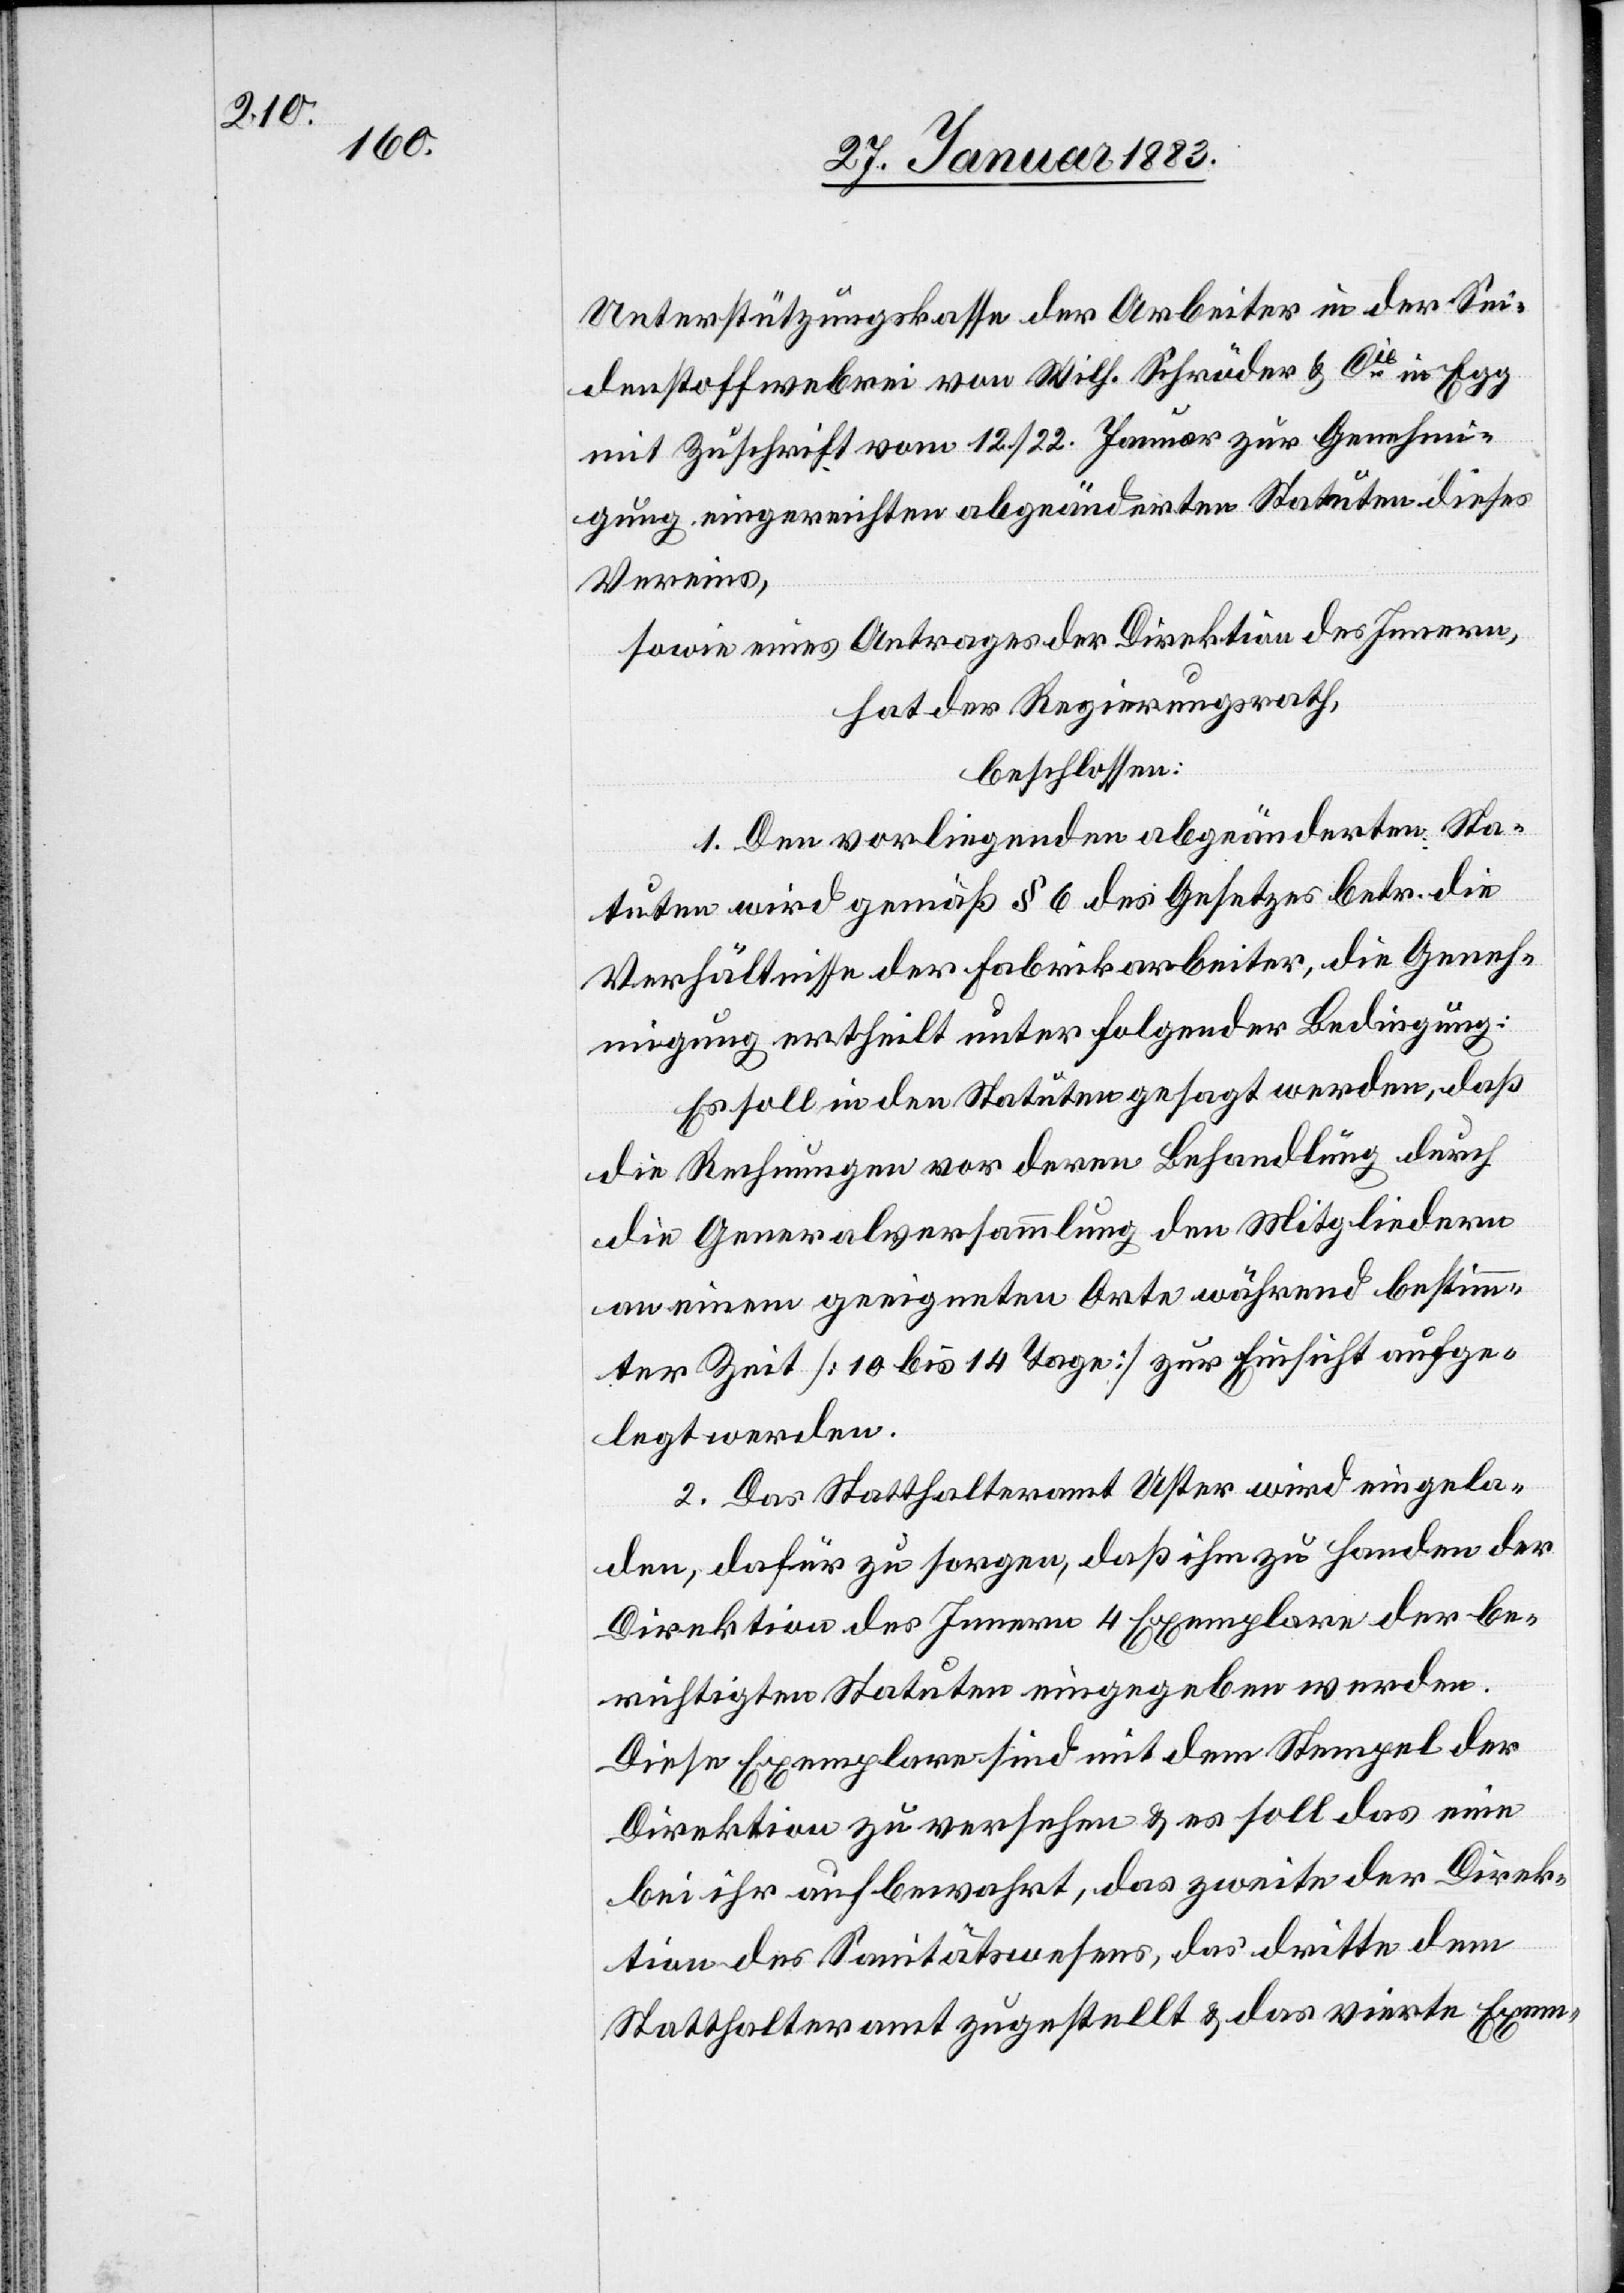
Unterstützungskasse der Arbeiter in der Sei¬
denstoffweberei von Wilh. Schröder & Cie in Egg
mit Zuschrift vom 21./22. Januar zur Genehmi¬
gung eingereichten abgeänderten Statuten dieses
Vereins,
sowie eines Antrages der Direktion des Innern,
hat der Regierungsrath,
beschlossen:
1. Den vorliegenden abgeänderten Sta¬
tuten wird gemäß § 6 des Gesetzes betr. die
Verhältnisse der Fabrikarbeiter, die Geneh¬
migung ertheilt unter folgender Bedingung:
Es soll in den Statuten gesagt werden, daß
die Rechnungen vor deren Behandlung durch
die Generalversammlung den Mitgliedern
an einem geeigneten Orte während bestimm¬
ter Zeit [10 bis 14 Tage] zur Einsicht aufge¬
legt werden.
2. Das Statthalteramt Uster wird eingela¬
den, dafür zu sorgen, daß ihm zu Handen der
Direktion des Innern 4 Exemplare der be¬
richtigten Statuten eingegeben werden.
Diese Exemplare sind mit dem Stempel der
Direktion zu versehen & es soll das eine
bei ihr aufbewahrt, das zweite der Direk¬
tion des Sanitätswesens, das dritte dem
Statthalteramt zugestellt & das vierte Exem-